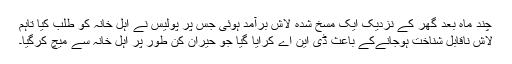
چند ماہ بعد گھر کے نزدیک ایک مسخ شدہ لاش برآمد ہوئی جس پر پولیس نے اہل خانہ کو طلب کیا تاہم
لاش ناقابل شناخت ہوجانےکے باعث ڈی این اے کرایا گیا جو حیران کن طور پر اہل خانہ سے میچ کرگیا۔